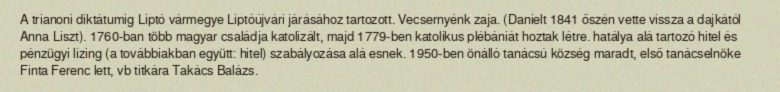
A trianoni diktátumig Liptó vármegye Liptóújvári járásához tartozott. Vecsernyénk zaja. (Danielt 1841 őszén vette vissza a dajkától Anna Liszt). 1760-ban több magyar családja katolizált, majd 1779-ben katolikus plébániát hoztak létre. hatálya alá tartozó hitel és pénzügyi lízing (a továbbiakban együtt: hitel) szabályozása alá esnek. 1950-ben önálló tanácsú község maradt, első tanácselnöke Finta Ferenc lett, vb titkára Takács Balázs.